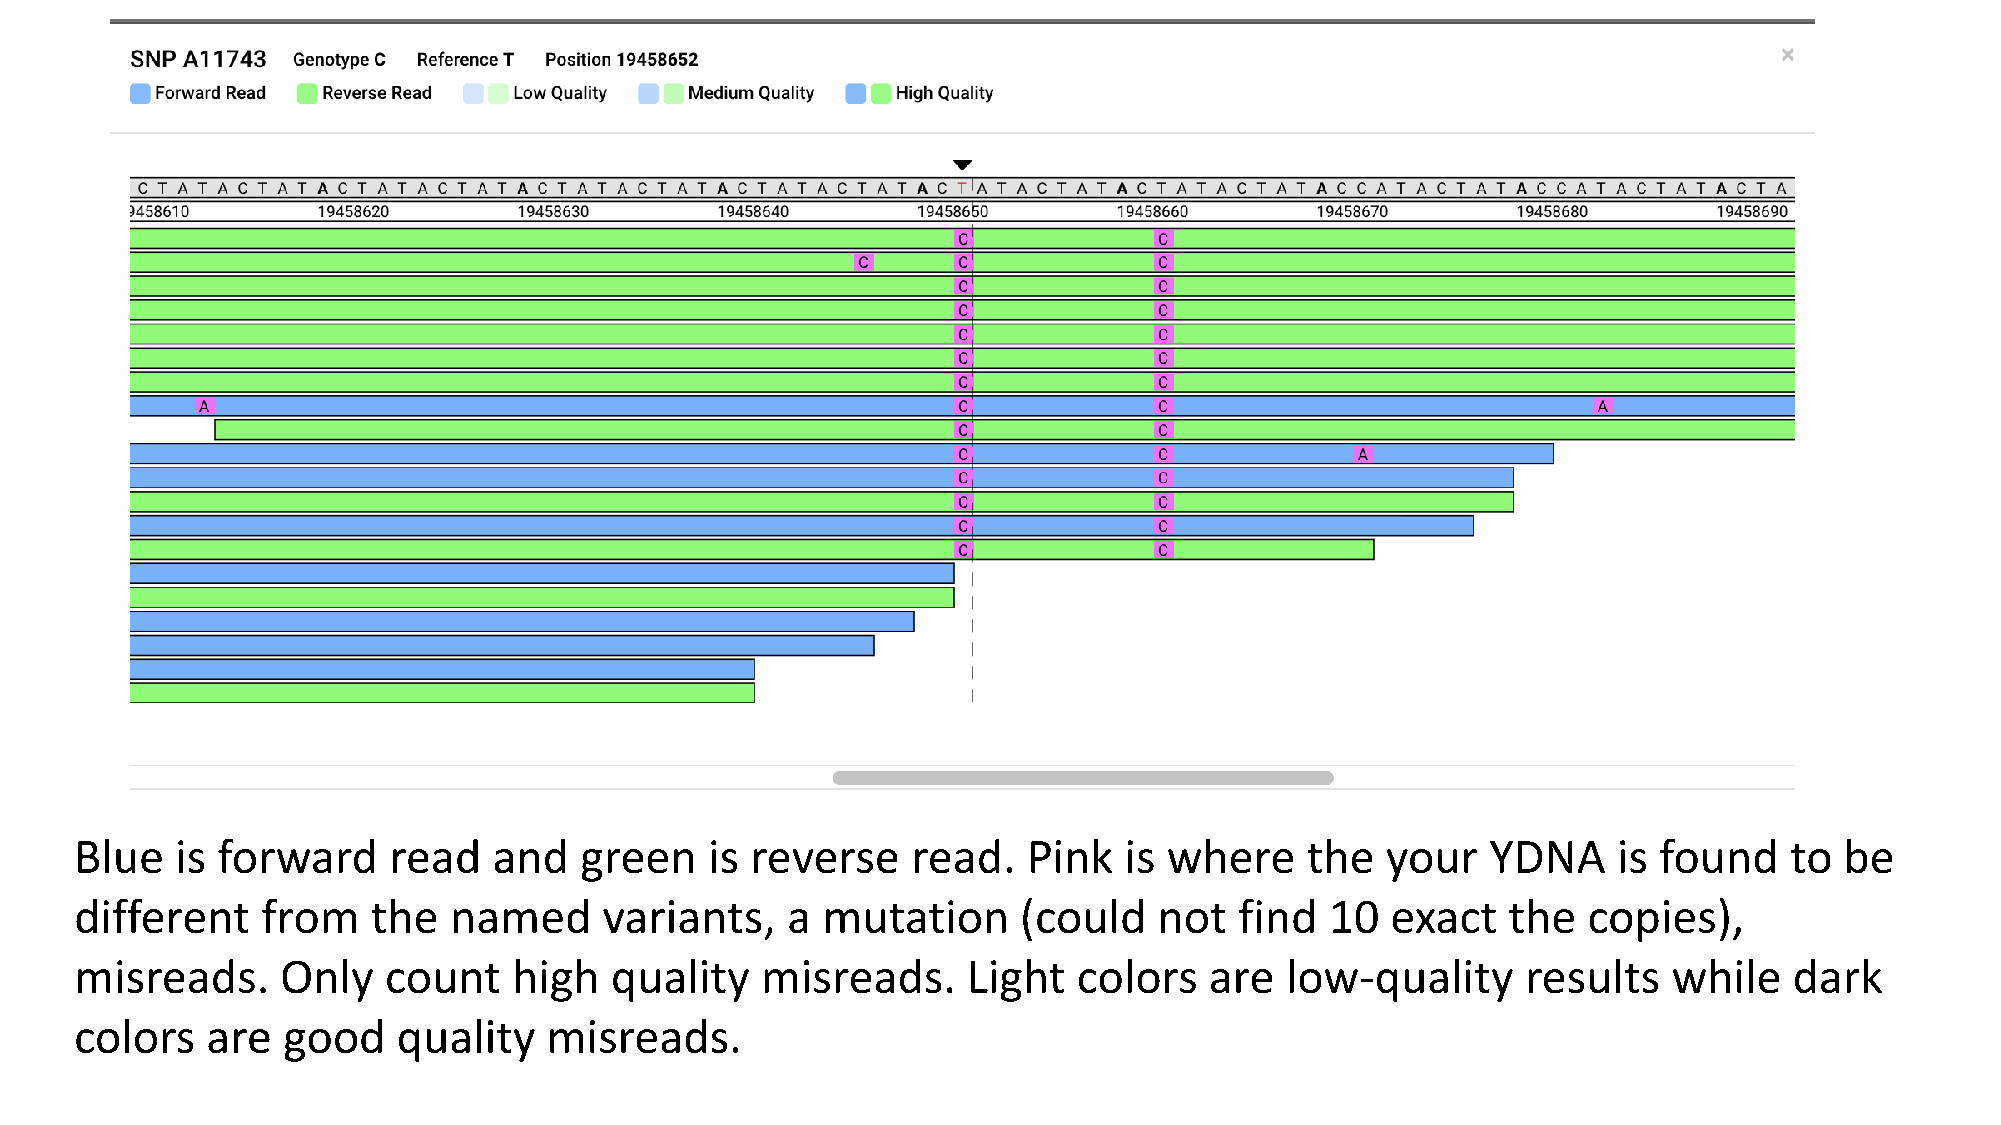
Blue   is forward    read   and  green    is reverse   read.   Pink  is where    the   your   YDNA    is found   to  be
 different   from    the  named     variants,   a mutation     (could    not  find  10  exact   the  copies),
 misreads.     Only  count    high  quality   misreads.     Light  colors   are  low-quality     results   while   dark
 colors   are  good   quality   misreads.